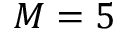
M = 5